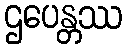
ဌပေန္တဿ